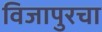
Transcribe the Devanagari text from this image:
विजापुरचा